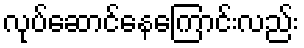
လုပ်ဆောင်နေကြောင်းလည်း